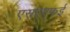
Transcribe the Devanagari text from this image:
एसएएफई